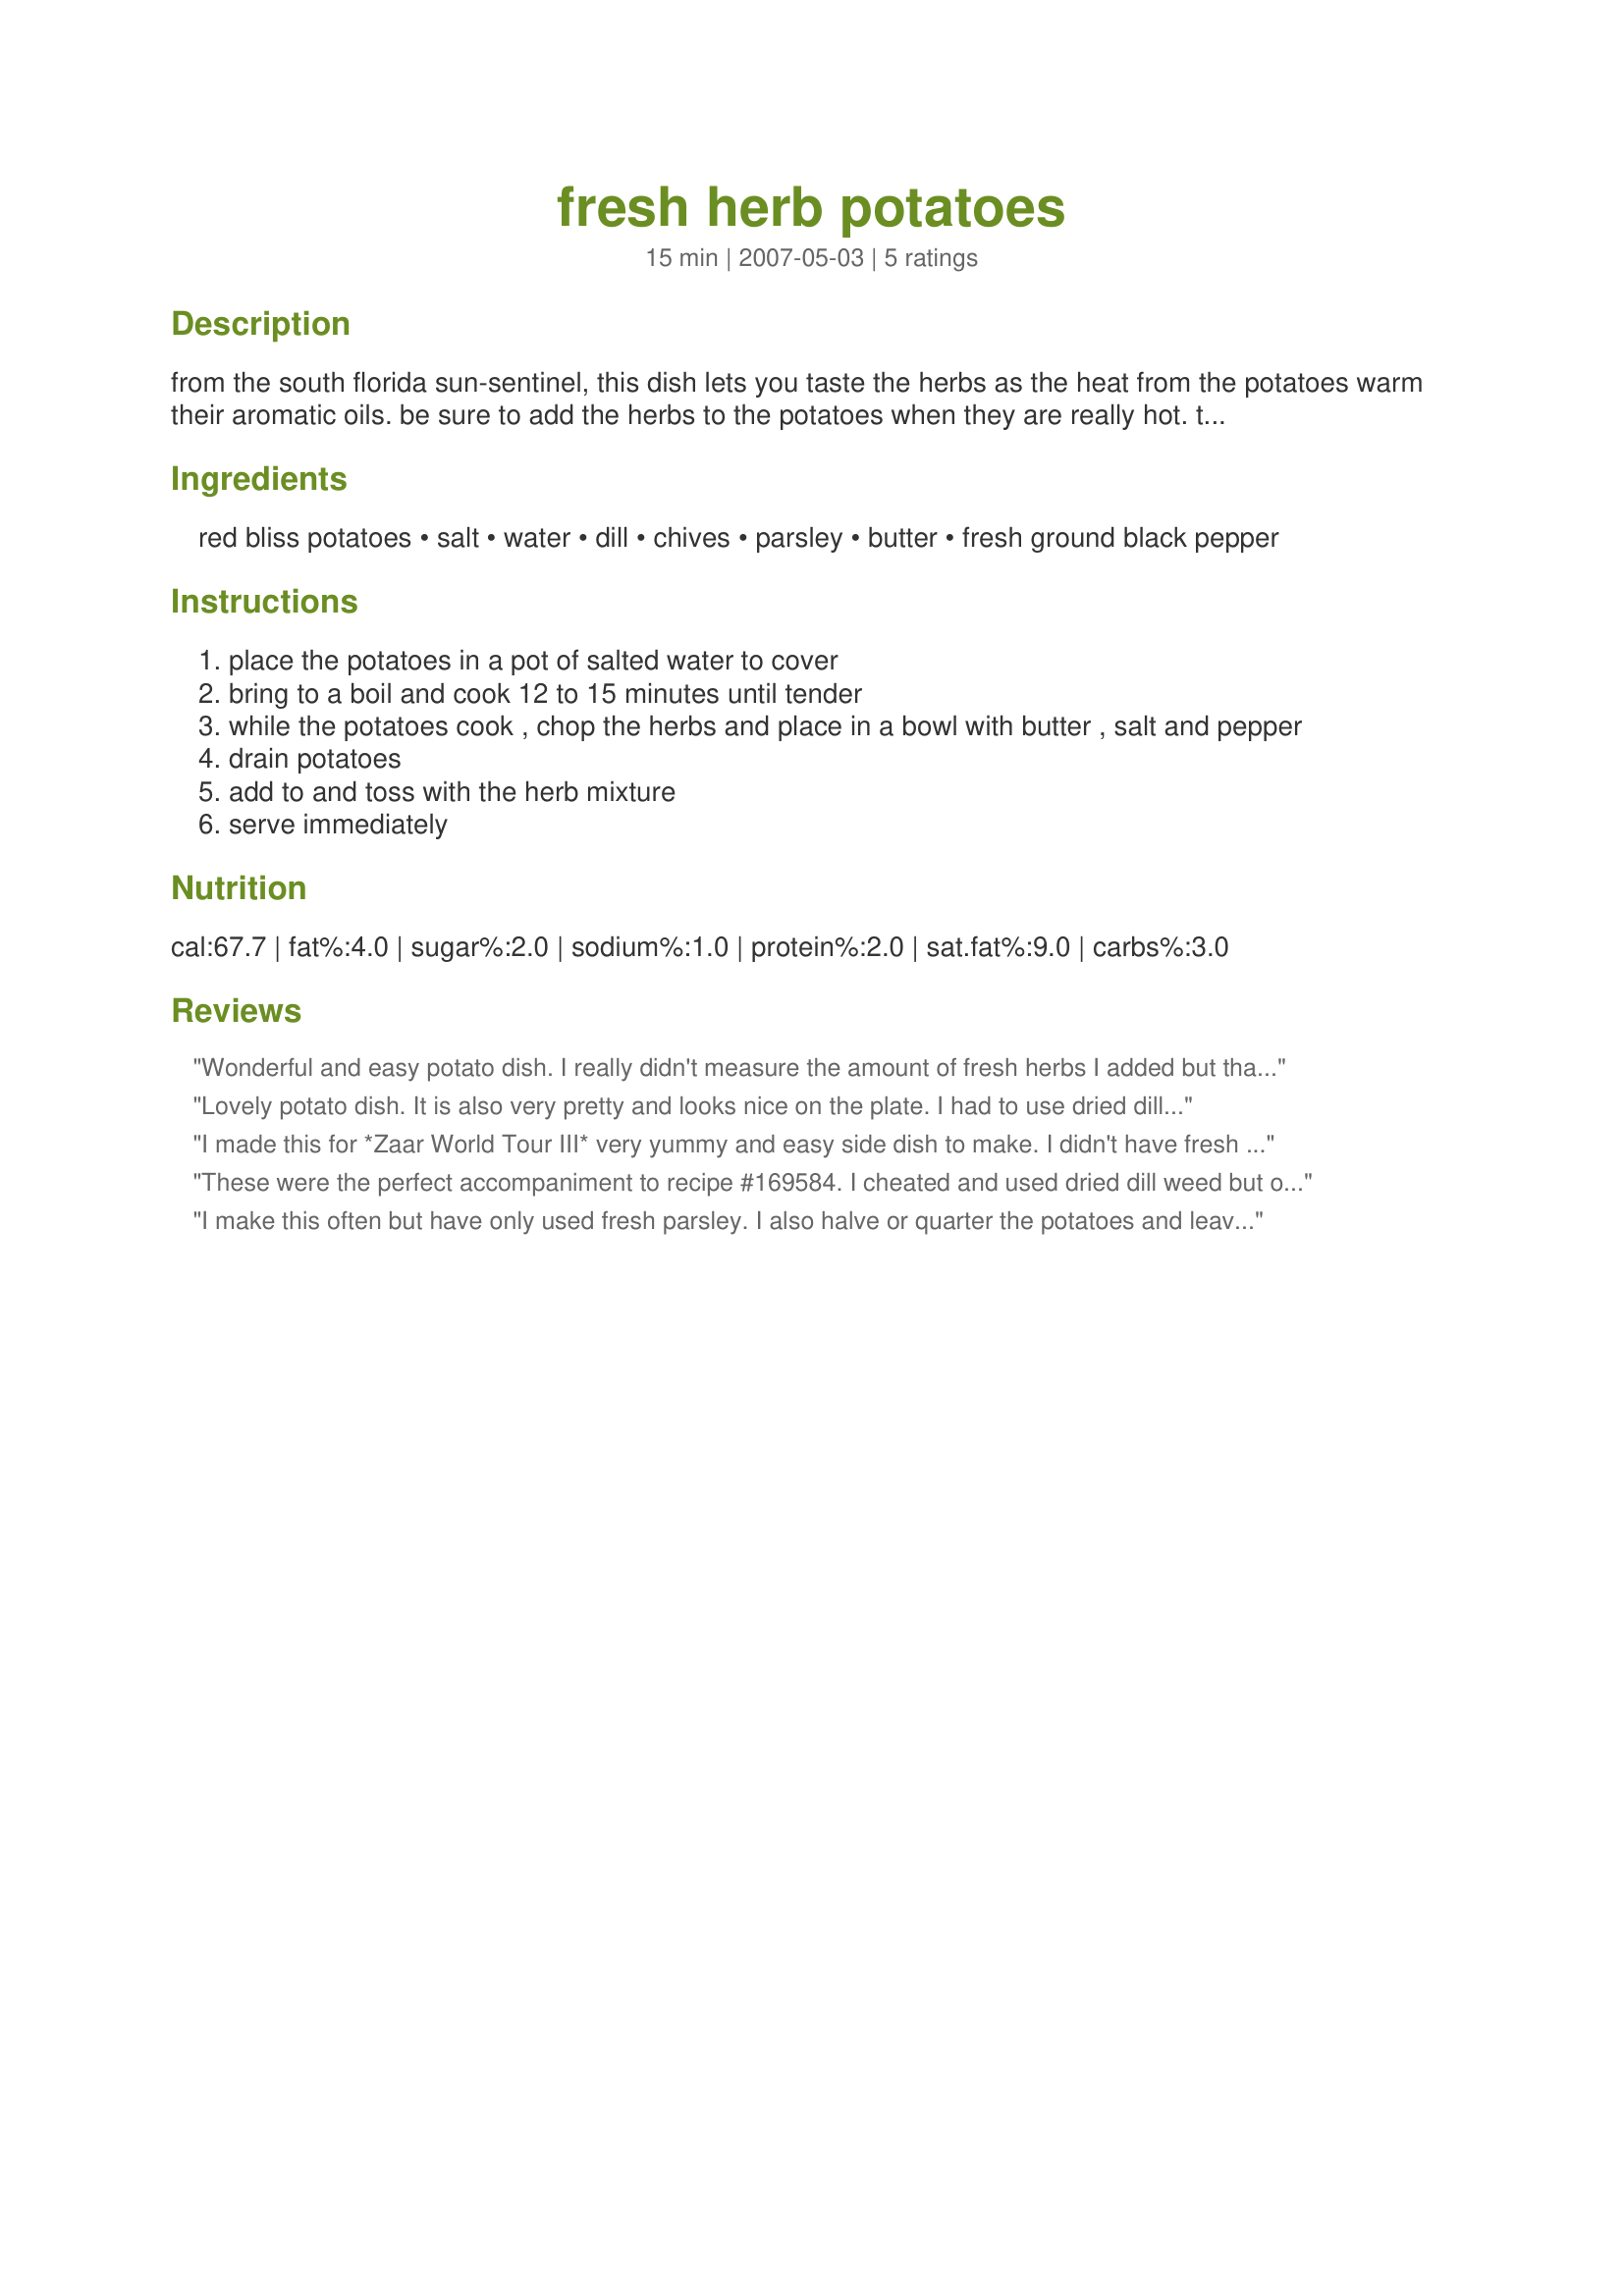
fresh herb potatoes
Preparation time: 15 minutes

from the south florida sun-sentinel, this dish lets you taste the herbs as the heat from the potatoes warm their aromatic oils. be sure to add the herbs to the potatoes when they are really hot. this 'combo' of herbs is wonderful -- but so are others so feel free to play.

Ingredients:
red bliss potatoes, salt, water, dill, chives, parsley, butter, fresh ground black pepper

Steps:
place the potatoes in a pot of salted water to cover
bring to a boil and cook 12 to 15 minutes until tender
while the potatoes cook , chop the herbs and place in a bowl with butter , salt and pepper
drain potatoes
add to and toss with the herb mixture
serve immediately

Reviews:
Wonderful and easy potato dish. I really didn't measure the amount of fresh herbs I added but that's another reason this is a great recipe. You can easily vary the herbs and amounts to suit your own taste. I used fresh dill, chives, parsley and cilantro from my garden and served it with grilled pork chops and coleslaw. Delicious! Thanks, Chef Kate!
Lovely potato dish. It is also very pretty and looks nice on the plate. I had to use dried dill instead of fresh this time, but the flavor was there. I served this with fish. Thanks Kate!
I made this for *Zaar World Tour III* very yummy and easy side dish to make. I didn't have fresh dill so I used spring onions as a substitute (I know not the same, but I wanted to make this recipe). I added a 1/2 tablespoons of dried dill just so I don't feel like I missed out on too much. Thank you Chef Kate
These were the perfect accompaniment to recipe #169584. I cheated and used dried dill weed but other than that followed the recipe. Something I will prepare again.
I make this often but have only used fresh parsley. I also halve or quarter the potatoes and leave the skins on. Very pretty!
